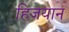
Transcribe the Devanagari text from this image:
हिजयान